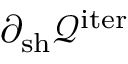
\partial _ { \mathrm { s h } } \mathcal { Q } ^ { \mathrm { i t e r } }